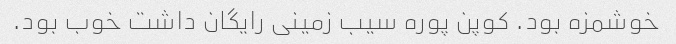
خوشمزه بود. کوپن پوره سیب زمینی رایگان داشت خوب بود.